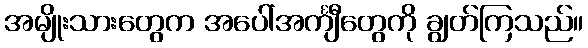
အမျိုးသားတွေက အပေါ်အင်္ကျီတွေကို ချွတ်ကြသည်။